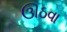
ઊઠવા